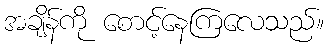
အချိန်ကို စောင့်နေကြလေသည်။